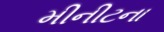
મીનીટના